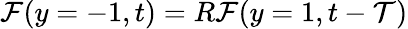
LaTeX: \mathcal{F}(y=-1,t)=R\mathcal{F}(y=1,t-\mathcal{T})